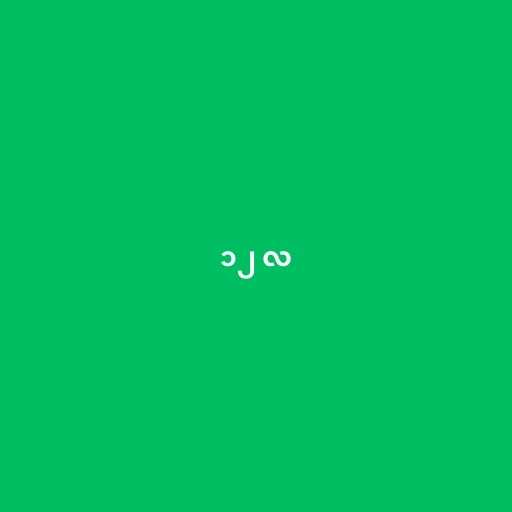
၁၂ လ